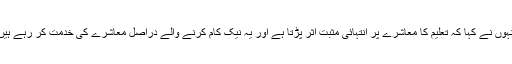
انہوں نے کہا کہ تعلیم کا معاشرے پر انتہائی مثبت اثر پڑتا ہے اور یہ نیک کام کرنے والے دراصل معاشرے کی خدمت کر رہے ہیں۔